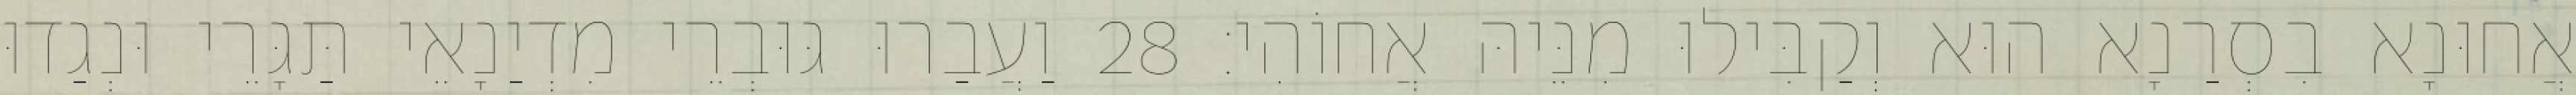
אֲחוּנָא בִסְרַנָא הוּא וְקַבִּילוּ מִנֵּיהּ אֲחוֹהִי׃ 28 וַעֲבַרוּ גּוּבְרֵי מִדְיַנָאֵי תַּגָּרֵי וּנְגַדוּ